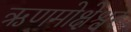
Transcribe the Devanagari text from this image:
ऋणमोक्षेश्वर